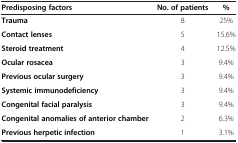
<table><thead><tr><td><b>Predisposing factors</b></td><td><b>No. of patients</b></td><td><b>%</b></td></tr></thead><tbody><tr><td><b>Trauma</b></td><td>8</td><td>25%</td></tr><tr><td><b>Contact lenses</b></td><td>5</td><td>15.6%</td></tr><tr><td><b>Steroid treatment</b></td><td>4</td><td>12.5%</td></tr><tr><td><b>Ocular rosacea</b></td><td>3</td><td>9.4%</td></tr><tr><td><b>Previous ocular surgery</b></td><td>3</td><td>9.4%</td></tr><tr><td><b>Systemic immunodeficiency</b></td><td>3</td><td>9.4%</td></tr><tr><td><b>Congenital facial paralysis</b></td><td>3</td><td>9.4%</td></tr><tr><td><b>Congenital anomalies of anterior chamber</b></td><td>2</td><td>6.3%</td></tr><tr><td><b>Previous herpetic infection</b></td><td>1</td><td>3.1%</td></tr></tbody></table>